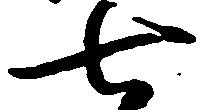
七